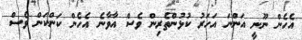
އެހެން ނޫނީ އަންނަ އަހަރު ކުޅުންތެރިން ވެސް އާވާނެ އެހެން ކަންކަން ވެސް